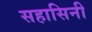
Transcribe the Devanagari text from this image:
सहासिनी